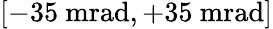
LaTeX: [-35\ \textrm{mrad},+35\ \textrm{mrad}]